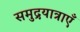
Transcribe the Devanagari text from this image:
समुद्रयात्राएँ